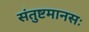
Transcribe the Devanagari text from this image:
संतुष्टमानसः